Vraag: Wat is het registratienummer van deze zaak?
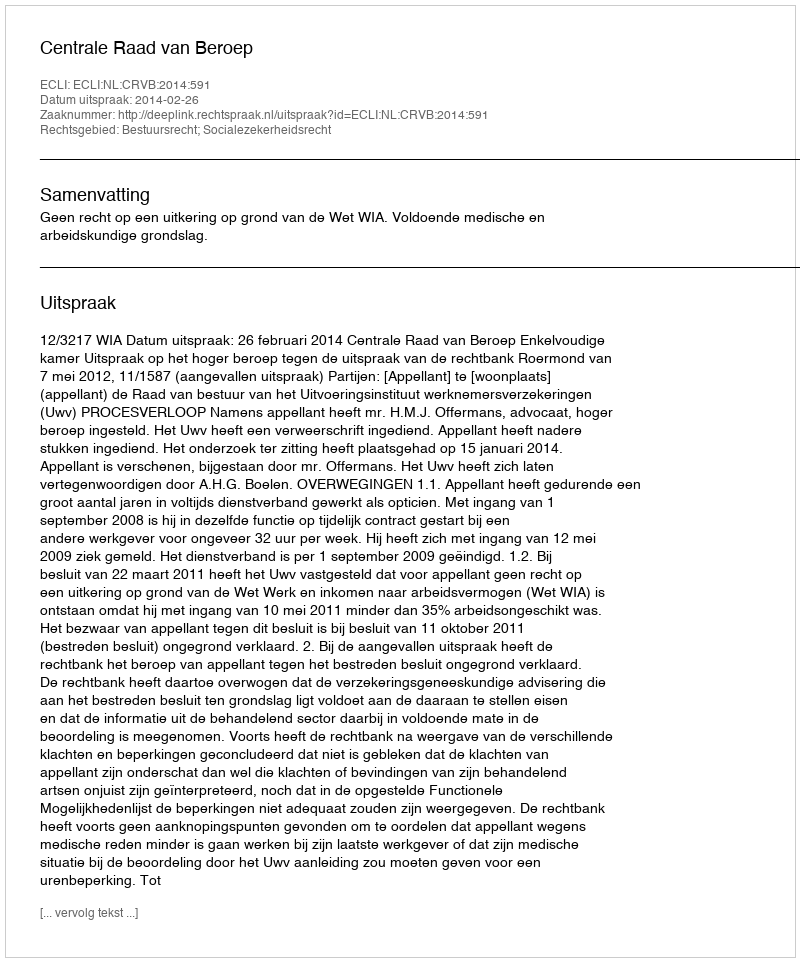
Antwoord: http://deeplink.rechtspraak.nl/uitspraak?id=ECLI:NL:CRVB:2014:591